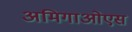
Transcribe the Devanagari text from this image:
अमिगाओएस